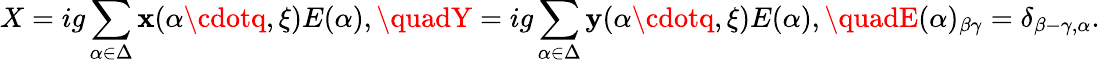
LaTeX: X=ig\sum_{\alpha\in\Delta}\mathbf{x}(\alpha\cdotq,\xi)E(\alpha),\quadY=ig\sum_{\alpha\in\Delta}\mathbf{y}(\alpha\cdotq,\xi)E(\alpha),\quadE(\alpha)_{\beta\gamma}=\delta_{\beta-\gamma,\alpha}.